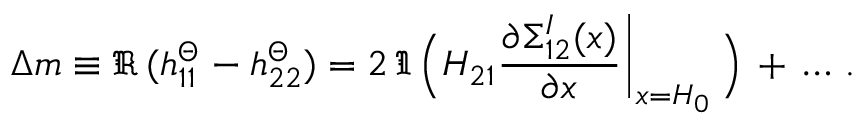
\Delta m \equiv \Re \, ( h _ { 1 1 } ^ { \mit \Theta } - h _ { 2 2 } ^ { \mit \Theta } ) = 2 \, \Im \, \Big ( H _ { 2 1 } { \frac { \partial { \Sigma } _ { 1 2 } ^ { I } ( x ) } { \partial x } \, \vrule \, } _ { x = H _ { 0 } } \, \Big ) \, + \, \ldots \, .